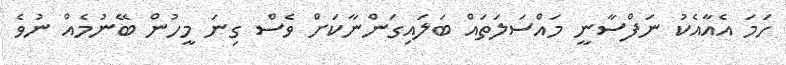
ހަމަ އެއާއެކު ނަފްސާނީ މައްސަލަތައް ބަލައިގަންނާކަށް ވެސް ގިނަ މީހުން ބޭނުމެއް ނުވެ